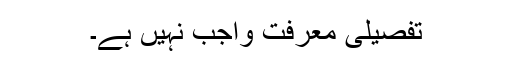
تفصیلی معرفت واجب نہیں ہے۔